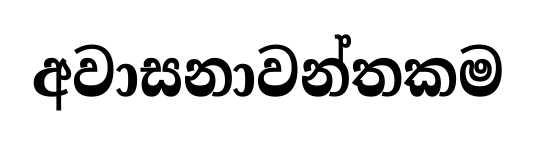
අවාසනාවන්තකම